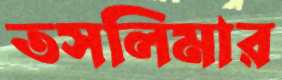
তসলিমার